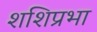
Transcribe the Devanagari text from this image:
शशिप्रभा